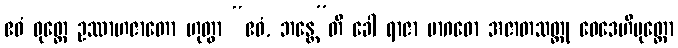
ဧဝံ ဝုတ္တေ ဥဿာဟဇာတော ဟုတွာ “ဧဝံ, ဘန္တေ”တိ ခေါ ရာဇာ မာဂဓော အဇာတသတ္တု ဝေဒေဟိပုတ္တော